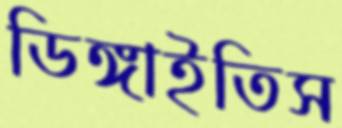
ডিঙ্গাইতিস